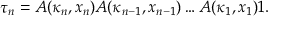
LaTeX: \tau _ { n } = A ( \kappa _ { n } , x _ { n } ) A ( \kappa _ { n - 1 } , x _ { n - 1 } ) \dots A ( \kappa _ { 1 } , x _ { 1 } ) 1 .